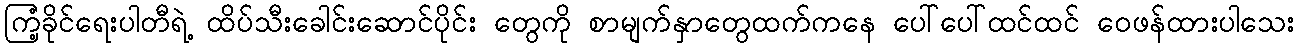
ကြံ့ခိုင်ရေးပါတီရဲ့ ထိပ်သီးခေါင်းဆောင်ပိုင်း တွေကို စာမျက်နှာတွေထက်ကနေ ပေါ်ပေါ်ထင်ထင် ဝေဖန်ထားပါသေး